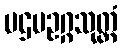
ပဌမဥဂ္ဂသုတ္တံ